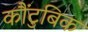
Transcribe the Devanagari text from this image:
कौंटुबिक